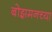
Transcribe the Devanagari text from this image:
बोझमनच्या